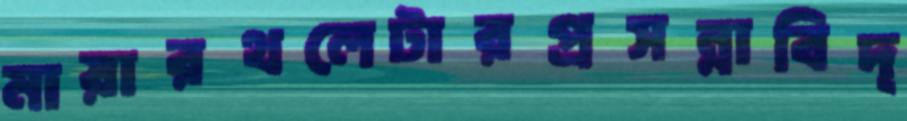
মায়ারথলেটারপ্রসন্নাবিদ্